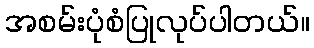
အစမ်းပုံစံပြုလုပ်ပါတယ်။